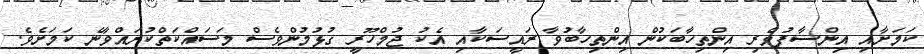
ކަމަށާއި އިންސާފުވެރި އިންތިހާބަކުން އިންތިހާބުވާ ރައީސަކާއި އެކު ޖުމްހޫރީ ގުޅުމުންވެސް މަސައްކަތްކުރައްވާނެ ކަމަށެވެ.